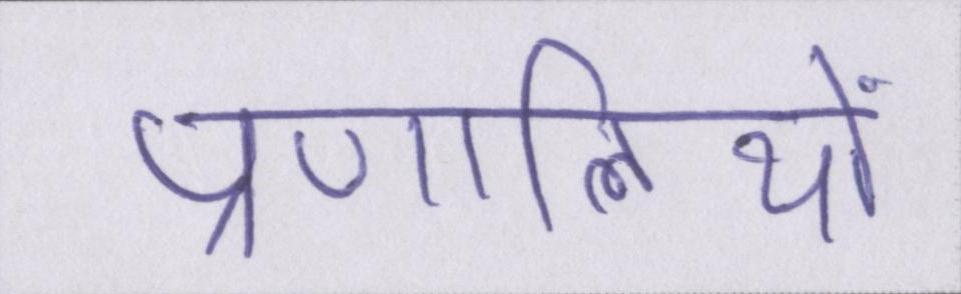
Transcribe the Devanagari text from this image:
प्रणालियों